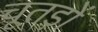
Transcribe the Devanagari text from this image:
चूतड़ों